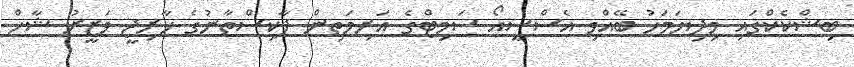
ބިޝްކެކްގައި މިދިޔަމަހު ބޭއްވި އެސްސީއޯ ސަމިޓްގެ އަރިމަތިން ޕާކިސްތާނުގެ ޚާރިޖީ ވަޒީރު ޝާހް